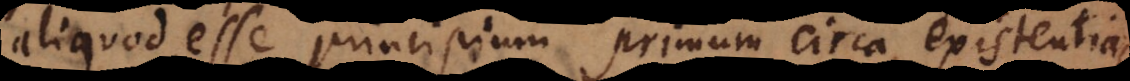
aliquod esse principium primum circa existentias